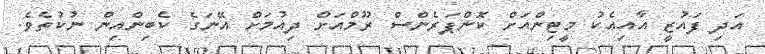
އަދި ފައުޒީ އާއިއެކު މީޓިންއަށް ކޮންޕަރެންސް ރޫމްއަށް ދިއުމަށް އޭނަގެ ކެބިންއިން ނުކުތެވެ.